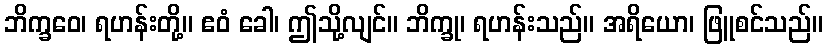
ဘိက္ခဝေ၊ ရဟန်းတို့။ ဧဝံ ခေါ၊ ဤသို့လျင်။ ဘိက္ခု၊ ရဟန်းသည်။ အရိယော၊ ဖြူစင်သည်။